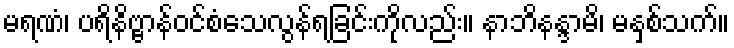
မရဏံ၊ ပရိနိဗ္ဗာန်ဝင်စံသေလွန်ရခြင်းကိုလည်း။ နာဘိနန္ဒာမိ၊ မနှစ်သက်။